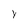
Character: Y